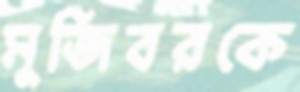
মুজিবরকে